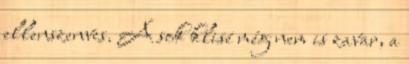
ellenszenves. A sok klisé még nem is zavar, a